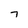
Character: 7